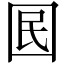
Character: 囻